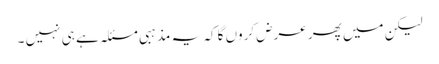
لیکن میں پھر عرض کروں گا کہ یہ مذہبی مسئلہ ہے ہی نہیں ۔